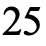
25